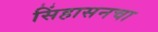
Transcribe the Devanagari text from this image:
सिंहासनचा